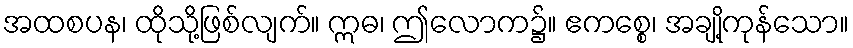
အထစပန၊ ထိုသို့ဖြစ်လျက်။ ဣဓ၊ ဤလောက၌။ ဧကစ္စေ၊ အချို့ကုန်သော။